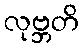
လုဗ္ဘတိ